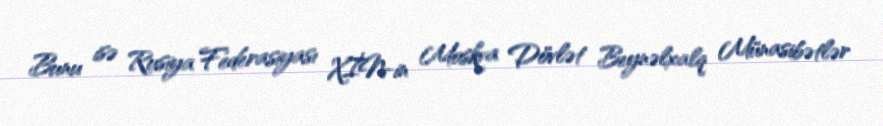
Bunu isə Rusiya Federasiyası XİN-in Moskva Dövlət Beynəlxalq Münasibətlər